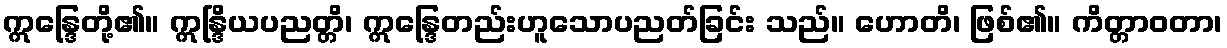
ဣန္ဒြေတို့၏။ ဣန္ဒြိယပညတ္တိ၊ ဣန္ဒြေတည်းဟူသောပညတ်ခြင်း သည်။ ဟောတိ၊ ဖြစ်၏။ ကိတ္တာဝတာ၊